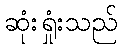
ဆုံးရှုံးသည်